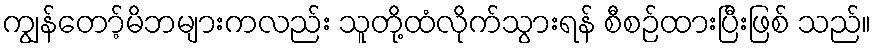
ကျွန်တော့်မိဘများကလည်း သူတို့ထံလိုက်သွားရန် စီစဉ်ထားပြီးဖြစ် သည်။